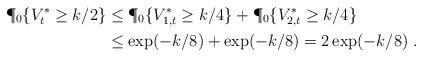
LaTeX: \begin{align*}\P_0\{V_t^{*} \ge k/2\} &\le \P_0\{V_{1,t}^{*} \ge k/4\} + \P_0\{V_{2,t}^{*} \ge k/4\} \\&\le \exp(- k/8) + \exp(- k/8) = 2 \exp(- k/8)~.\end{align*}